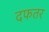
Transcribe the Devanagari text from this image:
दफतर